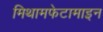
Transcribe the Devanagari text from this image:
मिथामफेटामाइन